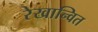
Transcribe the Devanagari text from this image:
रेखान्वित